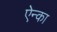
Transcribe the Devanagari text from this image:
ऐन्का